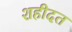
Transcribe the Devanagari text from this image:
शहीदत